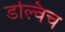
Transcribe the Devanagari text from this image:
डल्विच